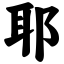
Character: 耶